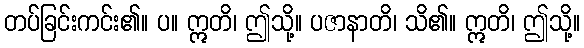
တပ်ခြင်းကင်း၏။ ပ။ ဣတိ၊ ဤသို့။ ပဇာနာတိ၊ သိ၏။ ဣတိ၊ ဤသို့။